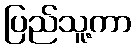
ပြည်သူ့ကာ